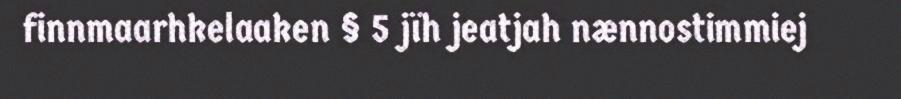
finnmaarhkelaaken § 5 jïh jeatjah nænnostimmiej